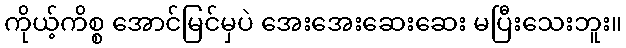
ကိုယ့်ကိစ္စ အောင်မြင်မှပဲ အေးအေးဆေးဆေး မပြီးသေးဘူး။